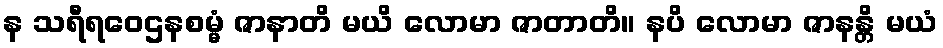
န သရီရဝေဌနစမ္မံ ဇာနာတိ မယိ လောမာ ဇာတာတိ။ နပိ လောမာ ဇာနန္တိ မယံ